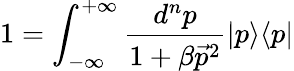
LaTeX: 1={\int_{-\infty}^{+\infty}\frac{d^{n}p}{1+\beta\vec{p}^{2}}}\vert p\rangle\langle p\vert